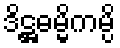
ဒိဋ္ဌဓမ္မိကမ္ပိ